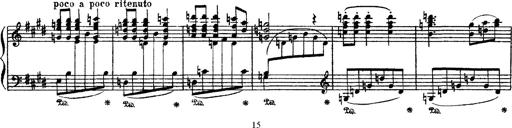
Title: Apparitions
Composer: Franz Liszt